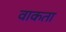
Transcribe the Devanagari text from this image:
वाकता